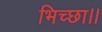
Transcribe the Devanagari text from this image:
भिच्‍छा।।